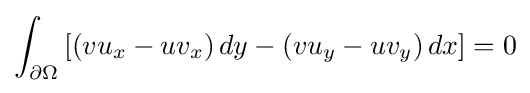
\int _{\partial \Omega }\left[\left(vu_{x}-uv_{x}\right)dy-\left(vu_{y}-uv_{y}\right)dx\right]=0